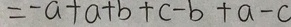
= - a + a + b + c - b + a - c